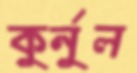
কুর্নুল